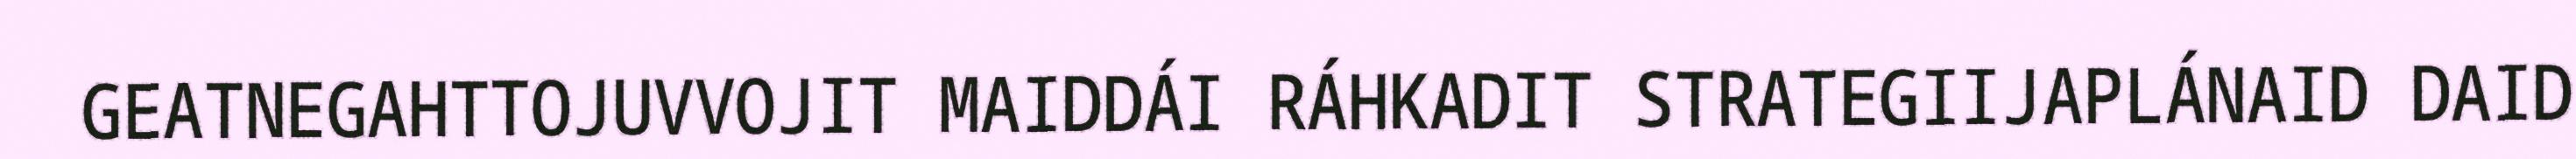
GEATNEGAHTTOJUVVOJIT MAIDDÁI RÁHKADIT STRATEGIIJAPLÁNAID DAID